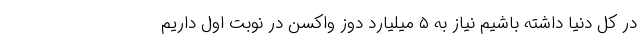
در کل دنیا داشته باشیم نیاز به ۵ میلیارد دوز واکسن در نوبت اول داریم